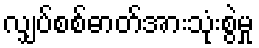
လျှပ်စစ်ဓာတ်အားသုံးစွဲမှု